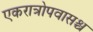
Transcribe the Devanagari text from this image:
एकरात्रोपवासश्च